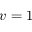
v = 1